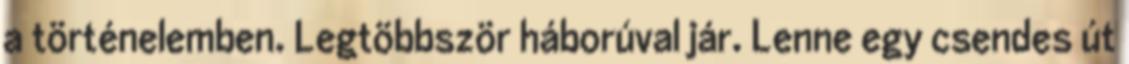
a történelemben. Legtöbbször háborúval jár. Lenne egy csendes út